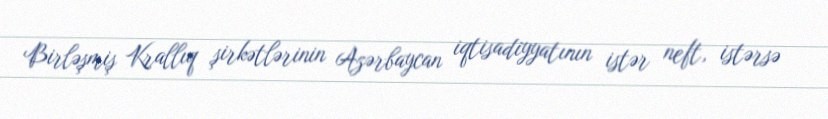
Birləşmiş Krallıq şirkətlərinin Azərbaycan iqtisadiyyatının istər neft, istərsə